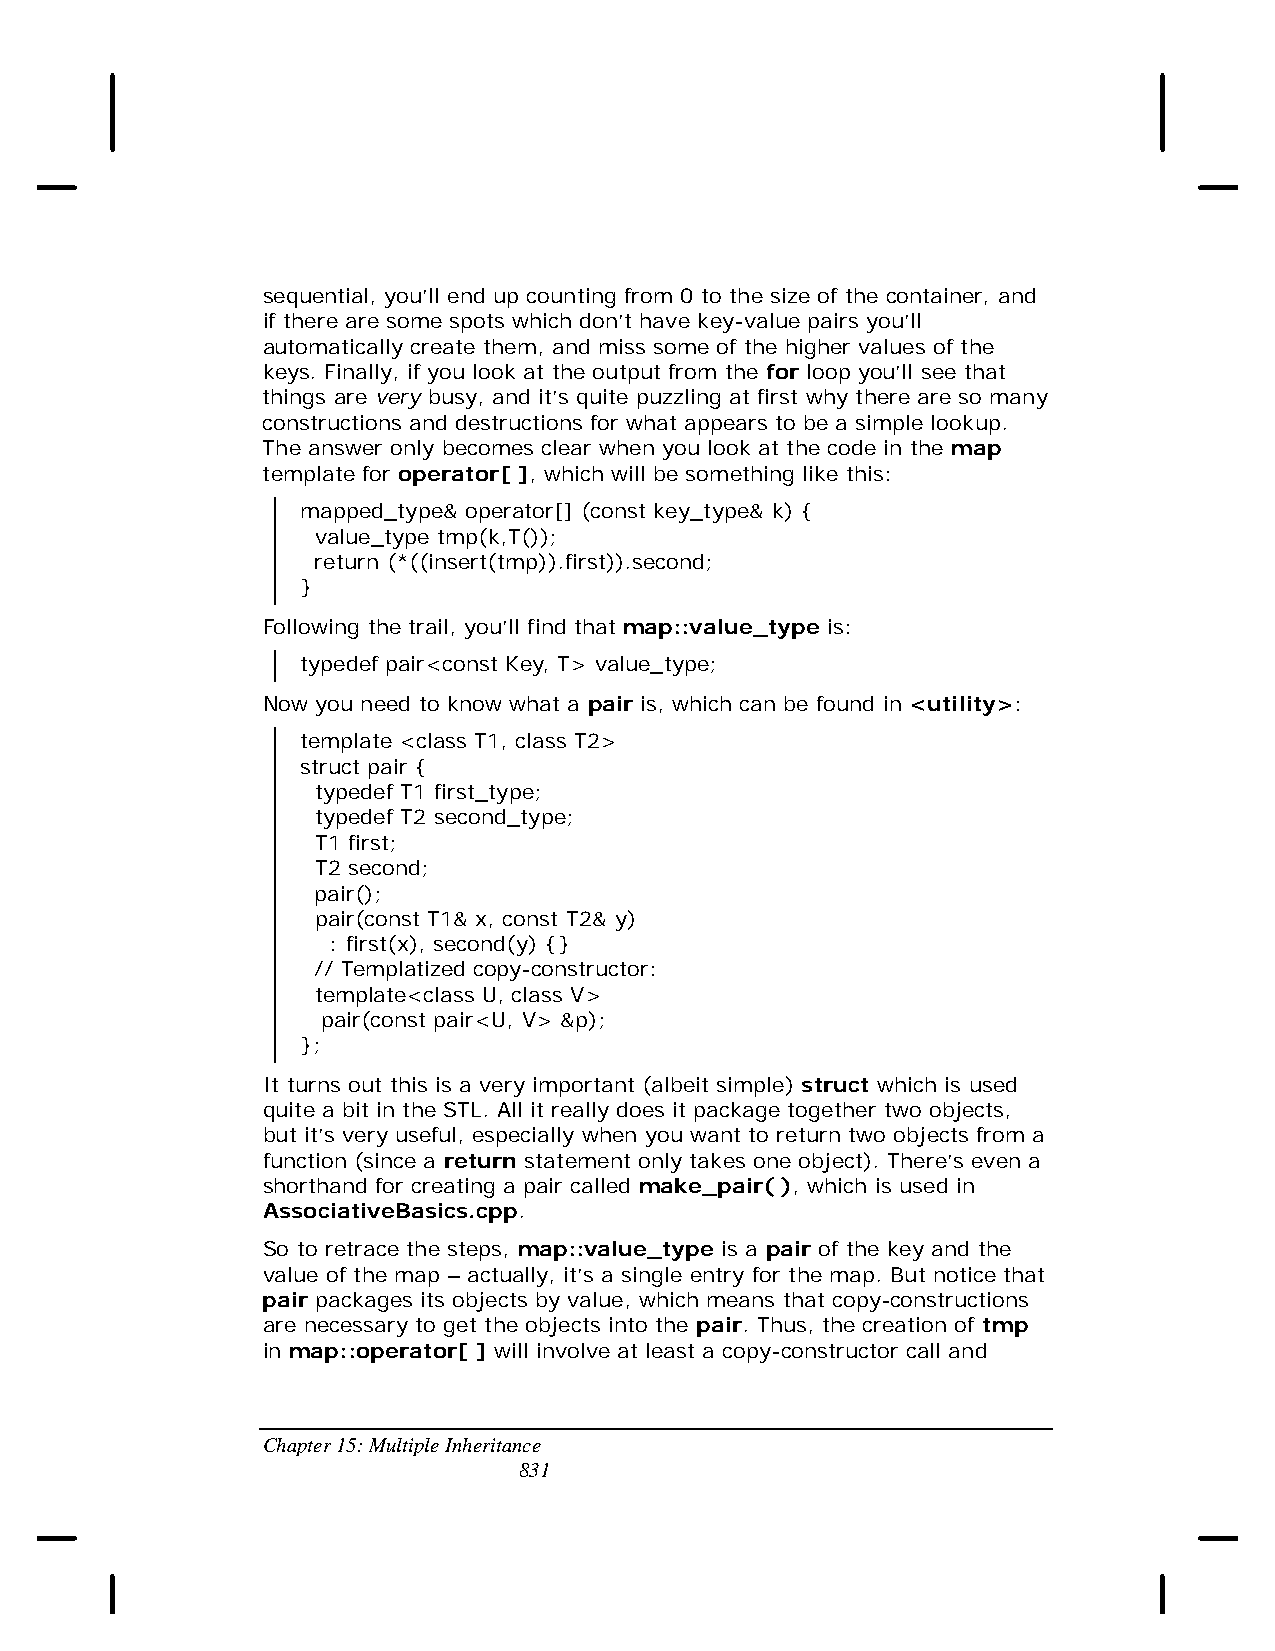
sequential, you’ll end up counting from 0 to the size of the container, and
 if there are some spots which don’t have key-value pairs you’ll
 automatically create them, and miss some of the higher values of the
 keys. Finally, if you look at the output from the for loop you’ll see that
 things are very busy, and it’s quite puzzling at first why there are so many
 constructions and destructions for what appears to be a simple lookup.
 The answer only becomes clear when you look at the code in the map
 template for operator[ ], which will be something like this:
 mapped_type& operator[] (const key_type& k) {
 value_type tmp(k,T());
 return (*((insert(tmp)).first)).second;
 }
 Following the trail, you’ll find that map::value_type is:
 typedef pair<const Key, T> value_type;
 Now you need to know what a pair is, which can be found in <utility>:
 template <class T1, class T2>
 struct pair {
 typedef T1 first_type;
 typedef T2 second_type;
 T1 first;
 T2 second;
 pair();
 pair(const T1& x, const T2& y)
 : first(x), second(y) {}
 // Templatized copy-constructor:
 template<class U, class V>
 pair(const pair<U, V> &p);
 };
 It turns out this is a very important (albeit simple) struct which is used
 quite a bit in the STL. All it really does it package together two objects,
 but it’s very useful, especially when you want to return two objects from a
 function (since a return statement only takes one object). There’s even a
 shorthand for creating a pair called make_pair( ), which is used in
 AssociativeBasics.cpp.
 So to retrace the steps, map::value_type is a pair of the key and the
 value of the map – actually, it’s a single entry for the map. But notice that
 pair packages its objects by value, which means that copy-constructions
 are necessary to get the objects into the pair. Thus, the creation of tmp
 in map::operator[ ] will involve at least a copy-constructor call and
 Chapter 15: Multiple Inheritance
 831